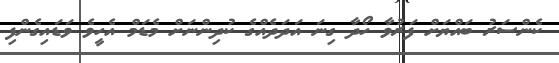
ކެންސަރު ބައްޔަށް ފަރުވާ ހޯދާ ގިނަ އަދަދެއްގެ ކުދިންނަށް މެޑަމް އެހީވެ ވަޑައިގެންފި